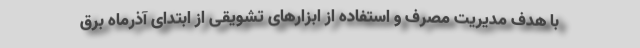
با هدف مدیریت مصرف و استفاده از ابزارهای تشویقی از ابتدای آذرماه برق